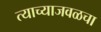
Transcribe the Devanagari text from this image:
त्याच्याजवळचा